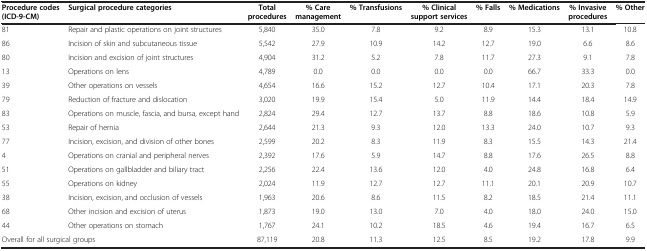
<table><thead><tr><td><b>Procedure codes (ICD-9-CM)</b></td><td><b>Surgical procedure categories</b></td><td><b>Total procedures</b></td><td><b>% Care management</b></td><td><b>% Transfusions</b></td><td><b>% Clinical support services</b></td><td><b>% Falls</b></td><td><b>% Medications</b></td><td><b>% Invasive procedures</b></td><td><b>% Other</b></td></tr></thead><tbody><tr><td>81</td><td>Repair and plastic operations on joint structures</td><td>5,840</td><td>35.0</td><td>7.8</td><td>9.2</td><td>8.9</td><td>15.3</td><td>13.1</td><td>10.8</td></tr><tr><td>86</td><td>Incision of skin and subcutaneous tissue</td><td>5,542</td><td>27.9</td><td>10.9</td><td>14.2</td><td>12.7</td><td>19.0</td><td>6.6</td><td>8.6</td></tr><tr><td>80</td><td>Incision and excision of joint structures</td><td>4,904</td><td>31.2</td><td>5.2</td><td>7.8</td><td>11.7</td><td>27.3</td><td>9.1</td><td>7.8</td></tr><tr><td>13</td><td>Operations on lens</td><td>4,789</td><td>0.0</td><td>0.0</td><td>0.0</td><td>0.0</td><td>66.7</td><td>33.3</td><td>0.0</td></tr><tr><td>39</td><td>Other operations on vessels</td><td>4,654</td><td>16.6</td><td>15.2</td><td>12.7</td><td>10.4</td><td>17.1</td><td>20.3</td><td>7.8</td></tr><tr><td>79</td><td>Reduction of fracture and dislocation</td><td>3,020</td><td>19.9</td><td>15.4</td><td>5.0</td><td>11.9</td><td>14.4</td><td>18.4</td><td>14.9</td></tr><tr><td>83</td><td>Operations on muscle, fascia, and bursa, except hand</td><td>2,824</td><td>29.4</td><td>12.7</td><td>13.7</td><td>8.8</td><td>18.6</td><td>10.8</td><td>5.9</td></tr><tr><td>53</td><td>Repair of hernia</td><td>2,644</td><td>21.3</td><td>9.3</td><td>12.0</td><td>13.3</td><td>24.0</td><td>10.7</td><td>9.3</td></tr><tr><td>77</td><td>Incision, excision, and division of other bones</td><td>2,599</td><td>20.2</td><td>8.3</td><td>11.9</td><td>8.3</td><td>15.5</td><td>14.3</td><td>21.4</td></tr><tr><td>4</td><td>Operations on cranial and peripheral nerves</td><td>2,392</td><td>17.6</td><td>5.9</td><td>14.7</td><td>8.8</td><td>17.6</td><td>26.5</td><td>8.8</td></tr><tr><td>51</td><td>Operations on gallbladder and biliary tract</td><td>2,256</td><td>22.4</td><td>13.6</td><td>12.0</td><td>4.0</td><td>24.8</td><td>16.8</td><td>6.4</td></tr><tr><td>55</td><td>Operations on kidney</td><td>2,024</td><td>11.9</td><td>12.7</td><td>12.7</td><td>11.1</td><td>20.1</td><td>20.9</td><td>10.7</td></tr><tr><td>38</td><td>Incision, excision, and occlusion of vessels</td><td>1,963</td><td>20.6</td><td>8.6</td><td>11.5</td><td>8.2</td><td>18.5</td><td>21.4</td><td>11.1</td></tr><tr><td>68</td><td>Other incision and excision of uterus</td><td>1,873</td><td>19.0</td><td>13.0</td><td>7.0</td><td>4.0</td><td>18.0</td><td>24.0</td><td>15.0</td></tr><tr><td>44</td><td>Other operations on stomach</td><td>1,767</td><td>24.1</td><td>10.2</td><td>18.5</td><td>4.6</td><td>19.4</td><td>16.7</td><td>6.5</td></tr><tr><td colspan="2">Overall for all surgical groups</td><td>87,119</td><td>20.8</td><td>11.3</td><td>12.5</td><td>8.5</td><td>19.2</td><td>17.8</td><td>9.9</td></tr></tbody></table>